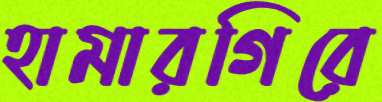
হামারগিরে